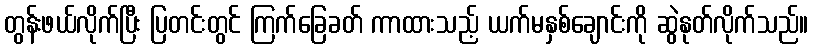
တွန်းဖယ်လိုက်ပြီး ပြတင်းတွင် ကြက်ခြေခတ် ကာထားသည့် ယက်မနှစ်ချောင်းကို ဆွဲနုတ်လိုက်သည်။